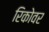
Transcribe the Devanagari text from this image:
रिकोवर